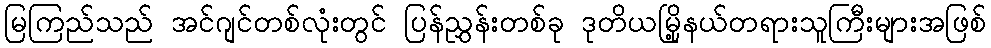
မြကြည်သည် အင်ဂျင်တစ်လုံးတွင် ပြန်ညွှန်းတစ်ခု ဒုတိယမြို့နယ်တရားသူကြီးများအဖြစ်